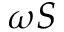
\omega { \cal S }